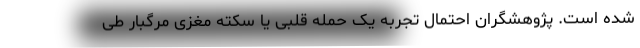
شده است. پژوهشگران احتمال تجربه یک حمله قلبی یا سکته مغزی مرگبار طی